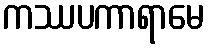
ကဿပကာရာမေ